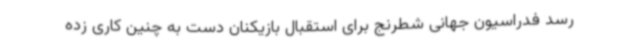
رسد فدراسیون جهانی شطرنج برای استقبال بازیکنان دست به چنین کاری زده